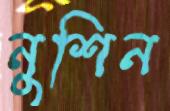
নুশিন